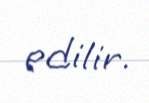
edilir.